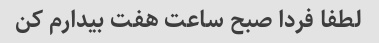
لطفا فردا صبح ساعت هفت بیدارم کن